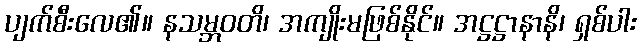
ပျက်စီးလေ၏။ နသမ္ဘဝတိ၊ အကျိုးမဖြစ်နိုင်။ အဋ္ဌဋ္ဌာနာနိ၊ ရှစ်ပါး